Madras plague regulations in force outside the Presidency town - Volume 1
Disease focus: Plague
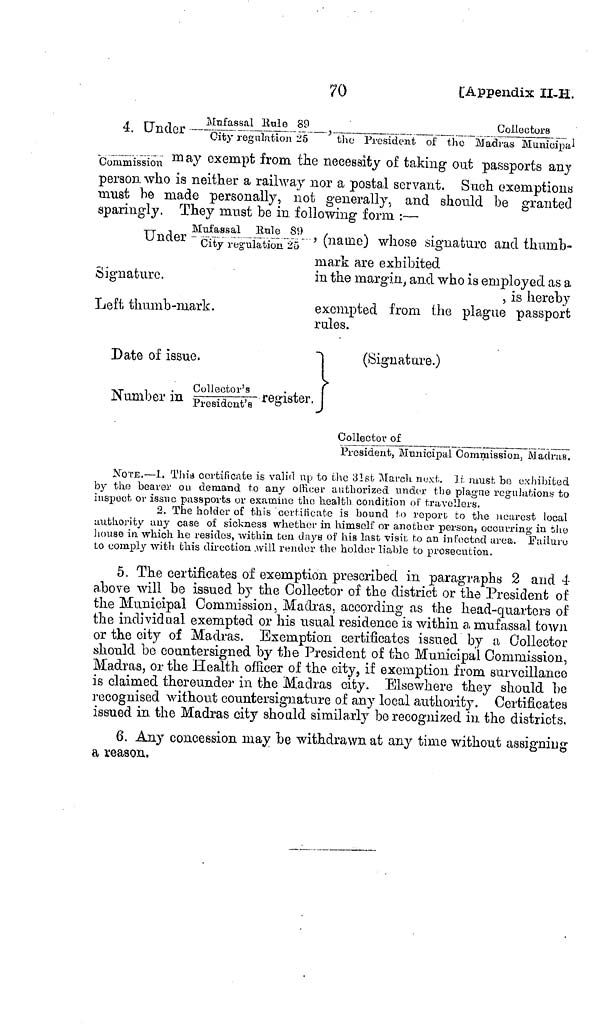
70
[Appendix II-H.
4 Under- Mufassal Rule 89, Collectors/City regnlation '25 the President of the Madras M
Commission may exempt from the necessity of taking oat passports any
person who is neither a railway nor a postal servant. Such exemption
must be made personally, not generally, and should be granted
sparingly. They must be in following- form :—
NOTE.—J. This certifícale is valid up to the 31st March next. If. must be exhibited
by the bearer ou demand to any officer authorized under the plagne regulations to
inspect or issue passports or examine the health condition of travellers,
2. The holder of this certificate is bound to report to the nearest local
authority any case of sickness whether in himself or another person, occurring in tho
house in"which he resides, within ten days of his lase visit to an infected area. Failure
Lo comply with this direction .will render the holder liable to prosecution.
5. The certificates of exemption prescribed in paragraphs 2 and 4-
above will be issued by the Collector of the district or the President of
the Municipal Commission. Madras, according as the head-quarters of
the individual exempted or his usual residence is within a mufassal town
or the city of Madras. Exemption certificates issued by a Collector
should bo coantersigned by the President of the Municipal Commission,
Madras, or the Health officer of the city, if exemption from surveillance
is claimed thereunder in the Madras city. Elsewhere they should Le
recognised without countersignature of any local authority. Certificates
issued in the Madras city should similarly bo recognized in the districts.
6. Any concession may be withdrawn at any time without assigning
a reason.
Mufassal Rule 89
Under -
gutotfafas
Signature.
Left thumb-mark.
Date of issue.
Collector's
. ,
Number m Pre8idont8 register,
1 (naine) whose signature and thumb-
mark are exhibited
in the margin, and who is employed as a
, is hereby
exempted from the plague passport
rules.
(Signature.)
Collector of
President, Municipal Commission, Madras.